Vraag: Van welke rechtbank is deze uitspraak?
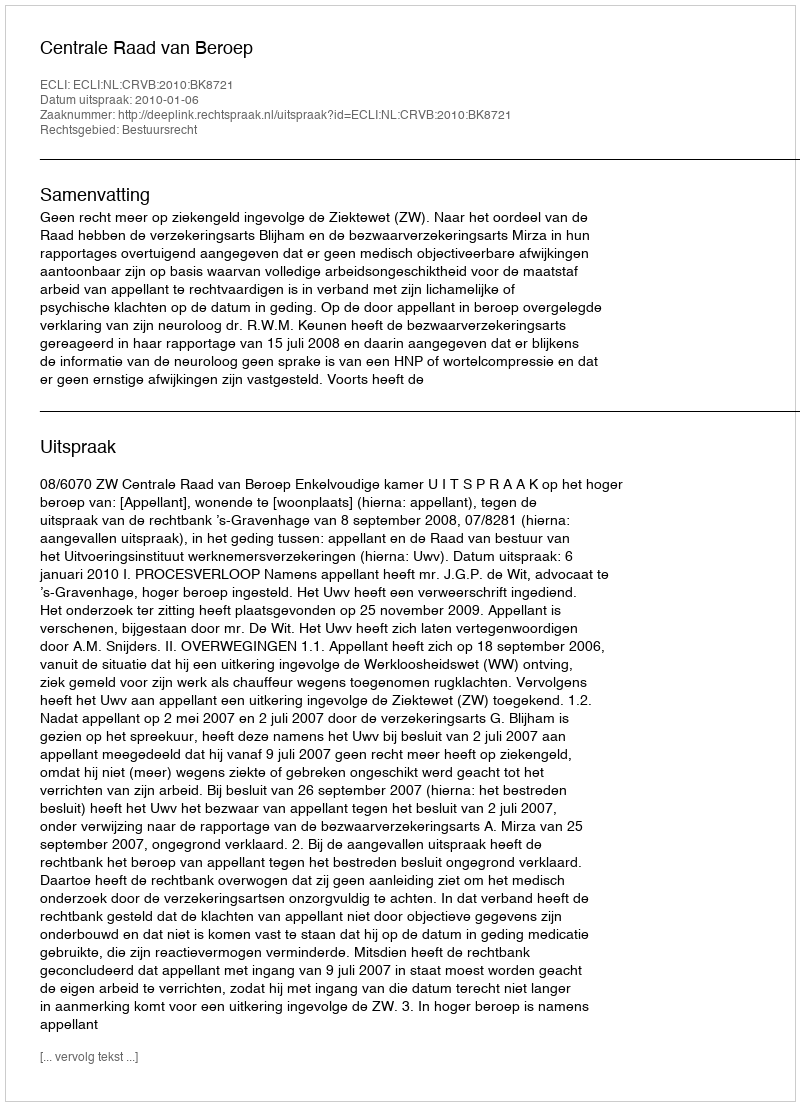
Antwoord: Centrale Raad van Beroep